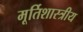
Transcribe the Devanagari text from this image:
मूर्तिशास्त्रीय